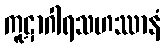
ကူဋာဂါရသဟဿာနံ